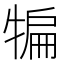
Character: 犏